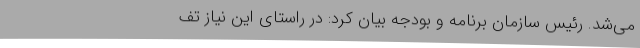
می‌شد. رئیس سازمان برنامه و بودجه بیان کرد: در راستای این نیاز تف